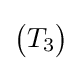
{\begin{pmatrix}T_{3}\end{pmatrix}}